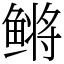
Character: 鳉